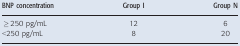
<table><thead><tr><td><b>BNP concentration</b></td><td><b>Group I</b></td><td><b>Group N</b></td></tr></thead><tbody><tr><td>≥250 pg/mL</td><td>12</td><td>6</td></tr><tr><td>&lt;250 pg/mL</td><td>8</td><td>20</td></tr></tbody></table>